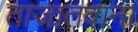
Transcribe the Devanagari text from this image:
ताजातवाना